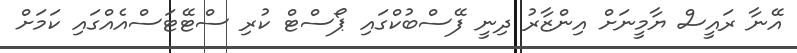
އޭނާ ރައީސް ޔާމީނަށް އިންޒާރު ދިނީ ފޭސްބުކްގައި ޕޯސްޓް ކުރި ސްޓޭޓަސްއެއްގައި ކަމަށް